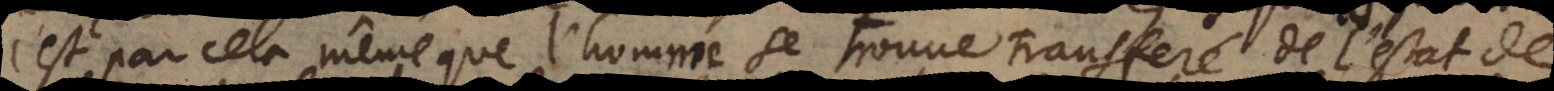
c’est par cela même que l’homme se trouve transferé de l’estat de